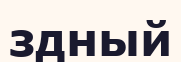
здный